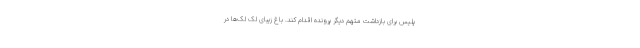
پلیس برای بازداشت متهم دیگر پرونده اقدام کند. باغ زیبای لک لک‌ها در